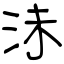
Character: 沬